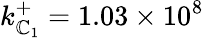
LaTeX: k_{\mathbb{C}_{1}}^{+}=1.03\times10^{8}